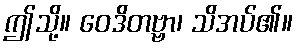
ဤသို့။ ဝေဒိတဗ္ဗာ၊ သိအပ်၏။